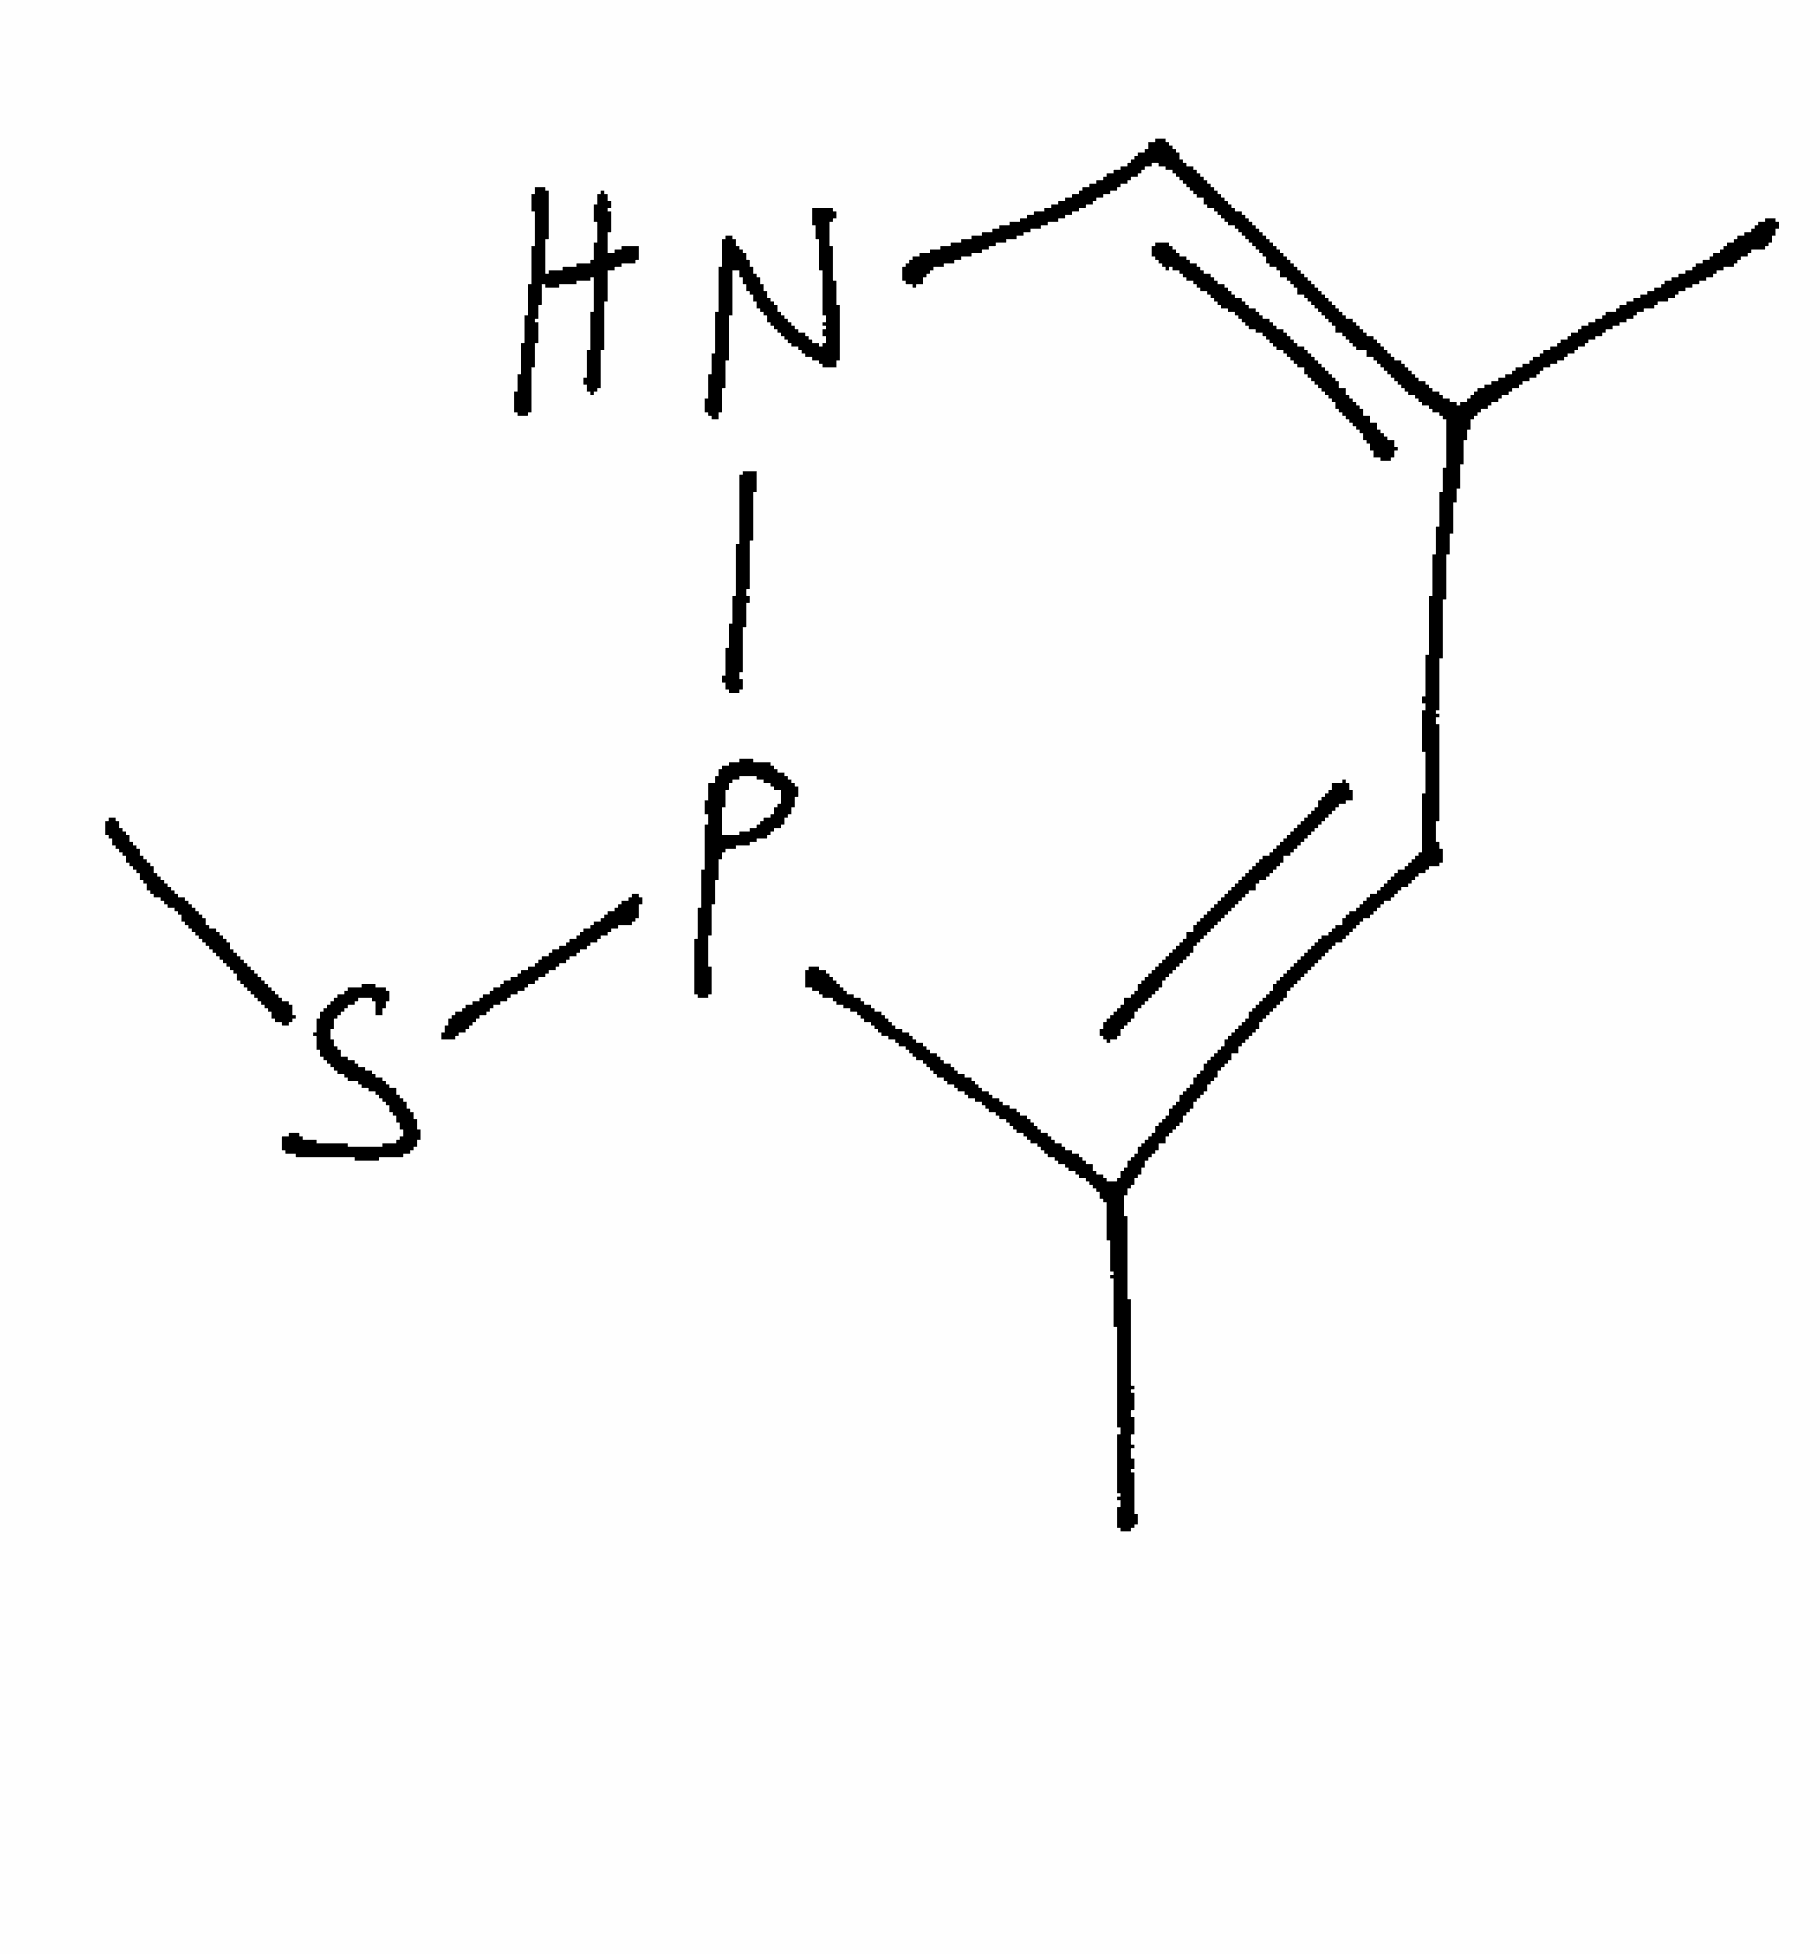
Simplified molecular-input line-entry system (SMILES) notation of the given molecule:
CC1=CC(=CNP1SC)C